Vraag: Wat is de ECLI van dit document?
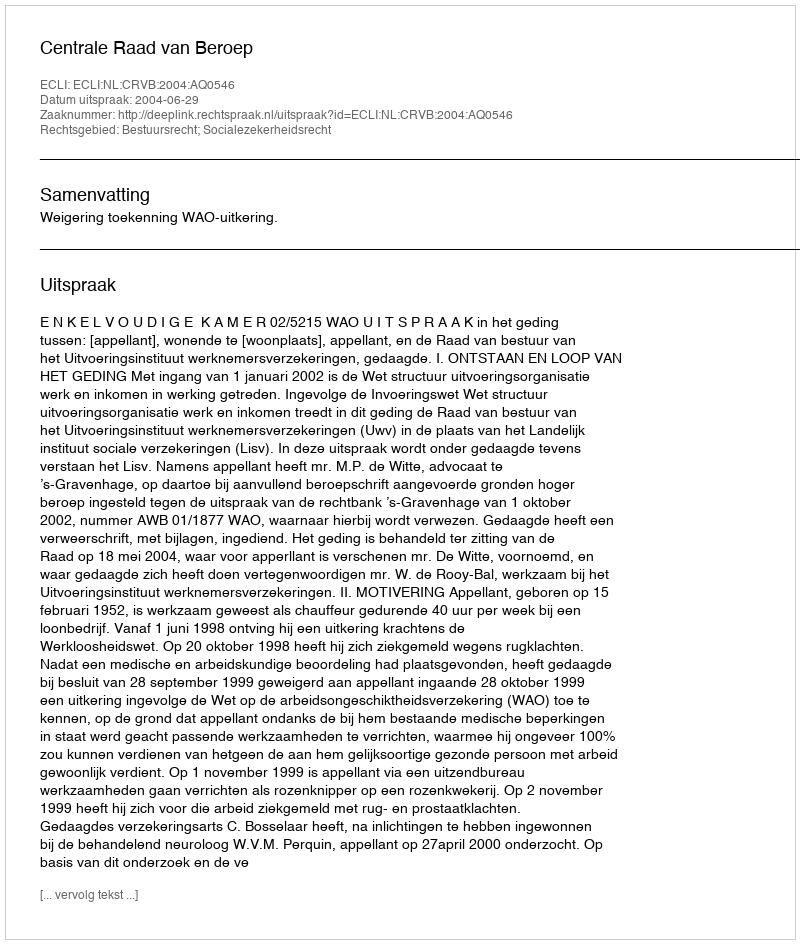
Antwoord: ECLI:NL:CRVB:2004:AQ0546